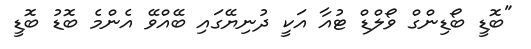
"ބޮޑީ ބޯޑިންގް ވޯލްޑް ޓުއާ އަކީ ދުނިޔޭގައި ބޭއްވޭ އެންމެ ބޮޑު ބޮޑީ